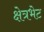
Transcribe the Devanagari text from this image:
क्षेत्रभेट